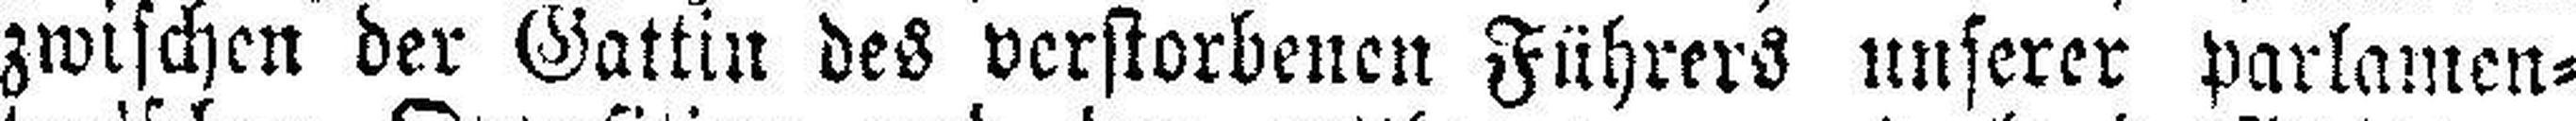
zwischen der Gattin des verstorbenen Führers unserer parlamen¬